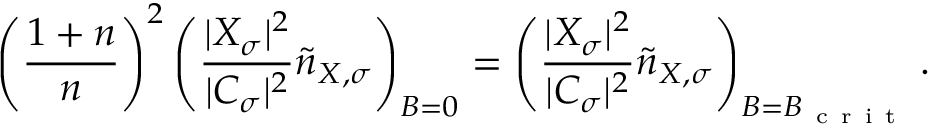
\left( \frac { 1 + n } { n } \right) ^ { 2 } \left( \frac { | X _ { \sigma } | ^ { 2 } } { | C _ { \sigma } | ^ { 2 } } \tilde { n } _ { X , \sigma } \right) _ { B = 0 } = \left( \frac { | X _ { \sigma } | ^ { 2 } } { | C _ { \sigma } | ^ { 2 } } \tilde { n } _ { X , \sigma } \right) _ { B = B _ { \mathrm { ~ c ~ r ~ i ~ t ~ } } } .